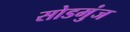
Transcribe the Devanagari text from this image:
सोडमुंज